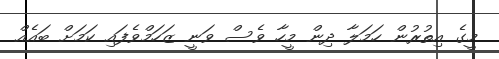
މީގެ އިތުރުން ހަމަލާ ދިން މީހާ ވެސް ވަނީ ޒަހަމްވެފައި ކަމަށް ބައެއް